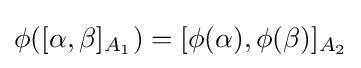
\phi ([\alpha ,\beta ]_{A_{1}})=[\phi (\alpha ),\phi (\beta )]_{A_{2}}